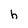
Character: h